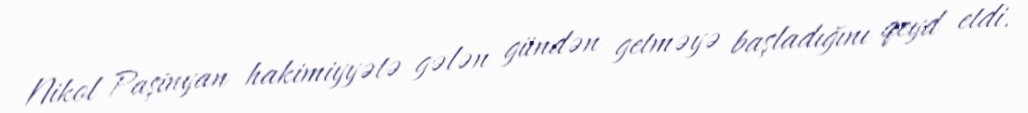
Nikol Paşinyan hakimiyyətə gələn gündən getməyə başladığını qeyd etdi.